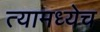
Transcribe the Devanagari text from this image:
त्यामध्येच